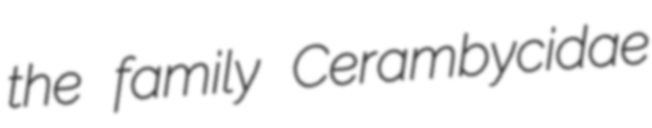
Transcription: the family Cerambycidae